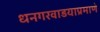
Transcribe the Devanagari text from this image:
धनगरवाडयाप्रमाणे